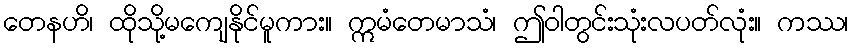
တေနဟိ၊ ထိုသို့မကျေနိုင်မူကား။ ဣမံတေမာသံ၊ ဤဝါတွင်းသုံးလပတ်လုံး။ ကဿ၊